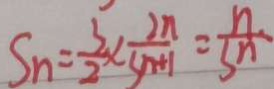
S n = \frac { 3 } { 2 } \times \frac { 2 n } { S n + 1 } = \frac { n } { S n }